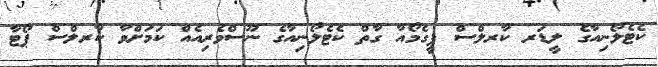
ކެޓެލޯނިއާގެ ލީޑަރ ކާރލްސް ޕީގެމޯއާ ގާތް ކެޓެލޯނިއާގެ ނޫސްވެރިއެއް ކަމަށްވާ ކާރލްސް ޕޯޓާ